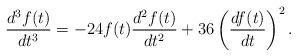
LaTeX: \begin{align*}\frac{d^3f(t)}{dt^3}=-24 f(t) \frac{d^2f(t)}{dt^2}+36\left(\frac{df(t)}{dt}\right)^2.\end{align*}